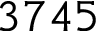
3 7 4 5